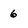
Character: 6